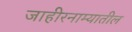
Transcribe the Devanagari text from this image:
जाहीरनाम्यातील